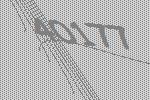
40177